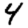
Digit: 4